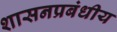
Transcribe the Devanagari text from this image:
शासनप्रबंधीय